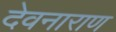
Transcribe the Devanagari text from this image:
देवनाराण